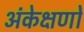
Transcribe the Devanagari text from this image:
अंकेक्षणों